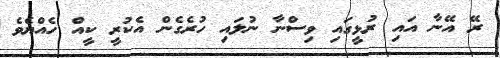
ރޭ އޭނާ އައި ރުޅީގައި ވިސްނާ ނުލައި ހުރެގެން އެކުރީ ކީއް ހެއްޔެވެ